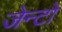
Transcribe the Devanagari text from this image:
जेन्टो